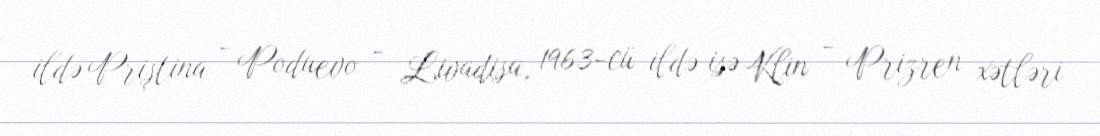
ildə Priştina - Poduevo - Livadisa, 1963-cü ildə isə Klin - Prizren xətləri